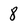
Character: 8